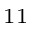
^ { 1 1 }